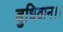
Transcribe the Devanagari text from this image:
बुधिवान।।